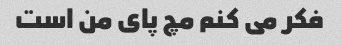
فکر می کنم مچ پای من است